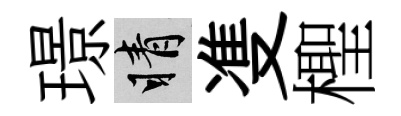
璟睛㕠檉